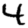
Digit: 4